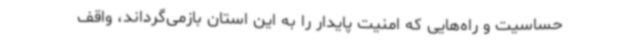
حساسیت و راه‌هایی که امنیت پایدار را به این استان بازمی‌گرداند، واقف